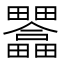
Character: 𤴇